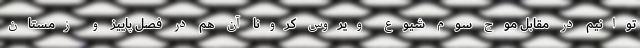
‌توانیم در مقابل موج‌ سوم شیوع ویروس کرونا آن هم در فصل پاییز و زمستان